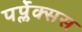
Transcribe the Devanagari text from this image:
पर्प्लेक्सस